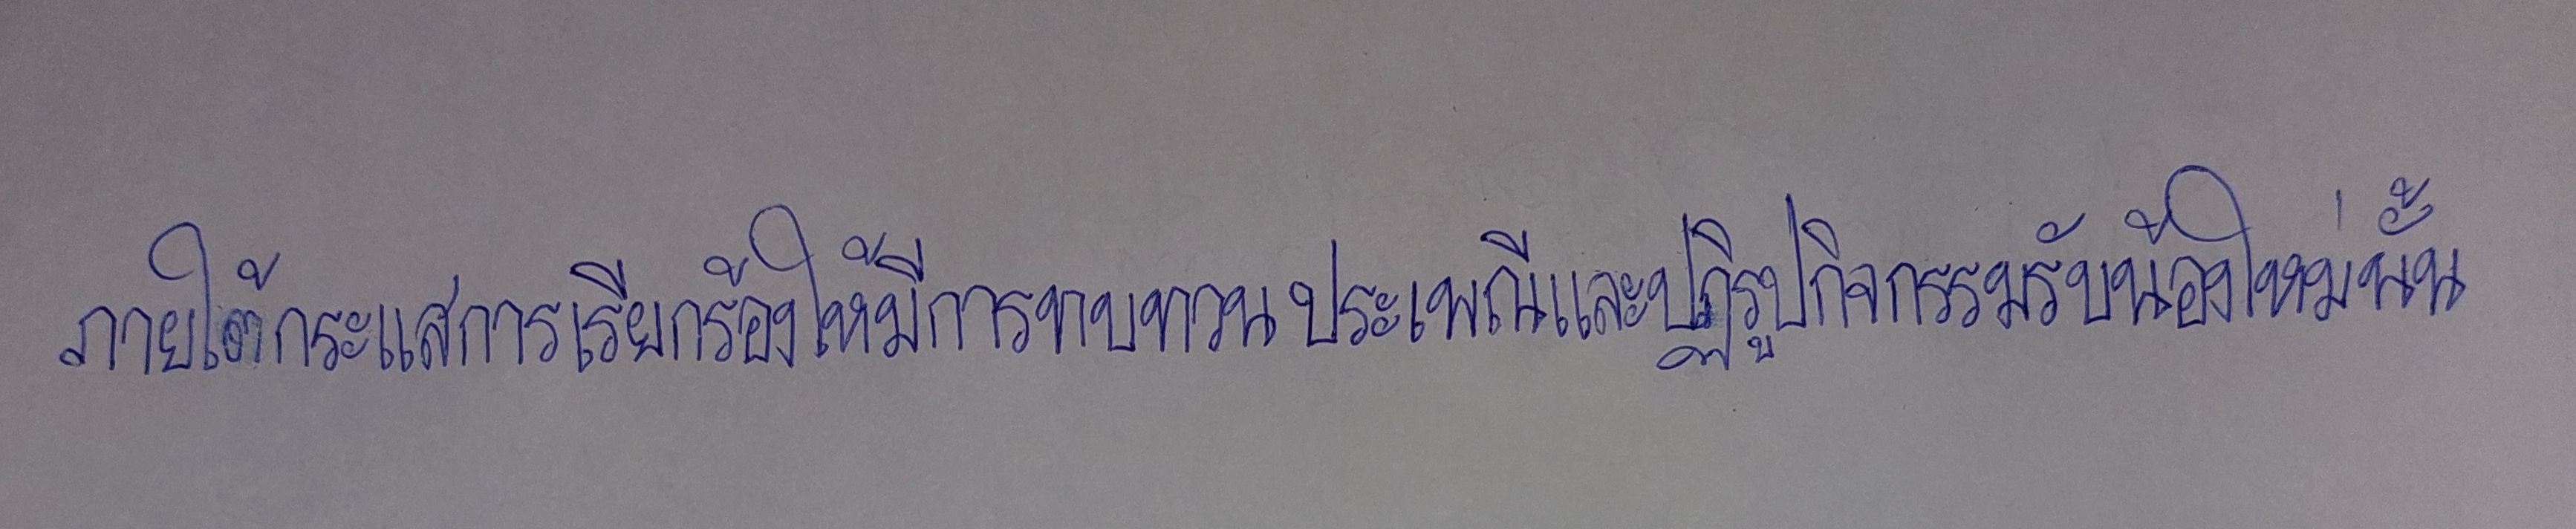
ภายใต้กระแสการเรียกร้องให้มีการทบทวนประเพณีและปฏิรูปกิจกรรมรับน้องใหม่นั้น